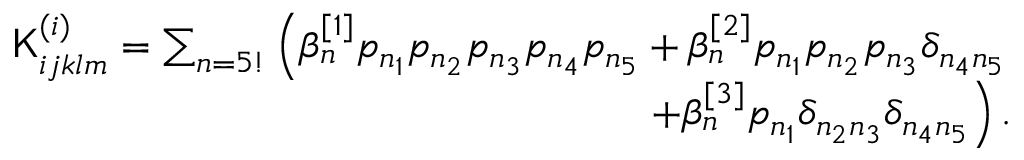
\begin{array} { r } { \mathsf { K } _ { i j k l m } ^ { ( i ) } = \sum _ { n = 5 ! } \left( \beta _ { n } ^ { [ 1 ] } p _ { n _ { 1 } } p _ { n _ { 2 } } p _ { n _ { 3 } } p _ { n _ { 4 } } p _ { n _ { 5 } } + \beta _ { n } ^ { [ 2 ] } p _ { n _ { 1 } } p _ { n _ { 2 } } p _ { n _ { 3 } } \delta _ { n _ { 4 } n _ { 5 } } \right. } \\ { \left. + \beta _ { n } ^ { [ 3 ] } p _ { n _ { 1 } } \delta _ { n _ { 2 } n _ { 3 } } \delta _ { n _ { 4 } n _ { 5 } } \right) . } \end{array}